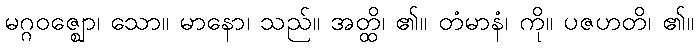
မဂ္ဂဝဇ္ဈော၊ သော။ မာနော၊ သည်။ အတ္ထိ၊ ၏။ တံမာနံ၊ ကို။ ပဇဟတိ၊ ၏။